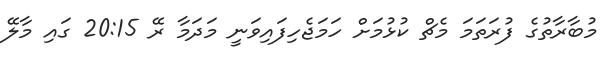
މުބާރާތުގެ ފުރަތަމަ މެޗް ކުޅުމަށް ހަމަޖެހިފައިވަނީ މަދަމާ ރޭ 20:15 ގައި މާލޭ